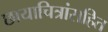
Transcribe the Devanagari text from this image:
छायाचित्रांसहित